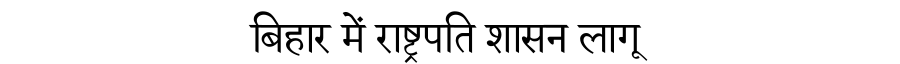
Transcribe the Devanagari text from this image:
बिहार में राष्ट्रपति शासन लागू